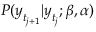
P ( \boldsymbol { y } _ { t _ { j + 1 } } | \boldsymbol { y } _ { t _ { j } } ; \beta , \alpha )